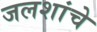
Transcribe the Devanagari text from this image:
जलशांचे